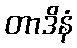
တာဒိနံ